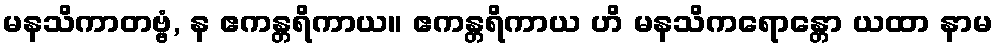
မနသိကာတဗ္ဗံ, န ဧကန္တရိကာယ။ ဧကန္တရိကာယ ဟိ မနသိကရောန္တော ယထာ နာမ